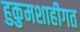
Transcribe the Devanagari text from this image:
हुकुमशाहीगत